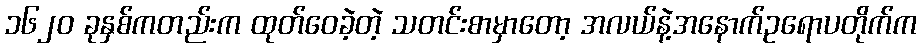
၁၆၂၀ ခုနှစ်ကတည်းက ထုတ်ဝေခဲ့တဲ့ သတင်းစာမှာတော့ အလယ်နဲ့အနောက်ဥရောပတိုက်က